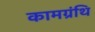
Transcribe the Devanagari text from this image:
कामग्रंथि